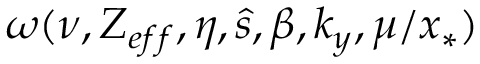
\omega ( \nu , Z _ { e f f } , \eta , \hat { s } , \beta , k _ { y } , \mu / x _ { * } )